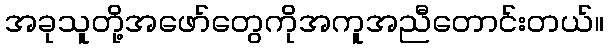
အခုသူတို့အဖော်တွေကိုအကူအညီတောင်းတယ်။